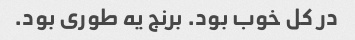
در کل خوب بود. برنج یه طوری بود.